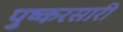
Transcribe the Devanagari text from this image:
पुष्करसारी